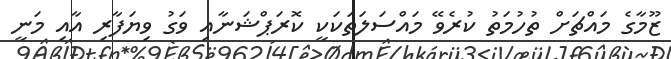
ޒޫމާގެ މައްޗަށް ތުހުމަތު ކުރެވޭ މައްސަލަތަކަކީ ކޮރަޕްޝަނާއި ވަގު ވިޔަފާރި އާއި މަނީ